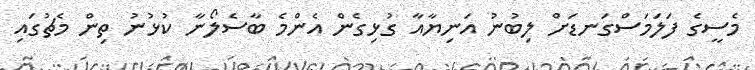
މެސީގެ ފަލަމަސްގަނޑަށް ލިބުނު އަނިޔާއާ ގުޅިގެން އެންމެ ބާސެލޯނާ ކުޅުނު ތިން މެޗުގައި